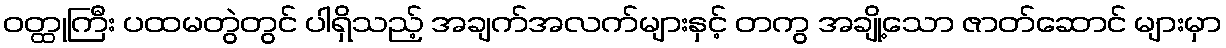
ဝတ္ထုကြီး ပထမတွဲတွင် ပါရှိသည့် အချက်အလက်များနှင့် တကွ အချို့သော ဇာတ်ဆောင် များမှာ